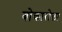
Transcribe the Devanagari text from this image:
बोकारोला